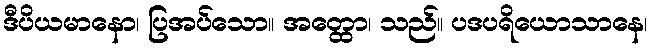
ဒီပိယမာနော၊ ပြအပ်သော။ အတ္ထော၊ သည်။ ပဒပရိယောသာနေ၊